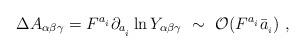
LaTeX: \begin{align*}\Delta A_{\alpha \beta \gamma}= F^{a_{_i}} \partial_{a_{_i}} \ln Y_{\alpha \beta \gamma}~\sim ~ {\cal O}(F^{a_{_i}} \bar a_{_i})~,\end{align*}